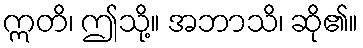
ဣတိ၊ ဤသို့။ အဘာသိ၊ ဆို၏။